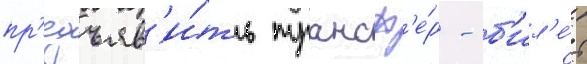
пр'едъяв'и́ть трансф'е́р - б'ил'е́т